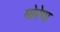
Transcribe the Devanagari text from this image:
मोरेगा